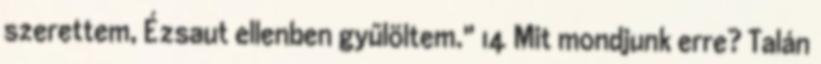
szerettem, Ézsaut ellenben gyűlöltem." 14 Mit mondjunk erre? Talán